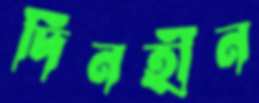
দিনহীন